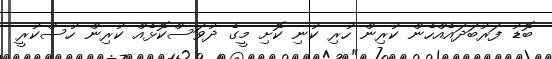
ބޮޑު ފަރުބަދައެއްހެން ކުރިން ހުރި ކުނި ކޮށި މީގެ ދުވަސްކޮޅެއް ކުރިން ހުސްކުރީ